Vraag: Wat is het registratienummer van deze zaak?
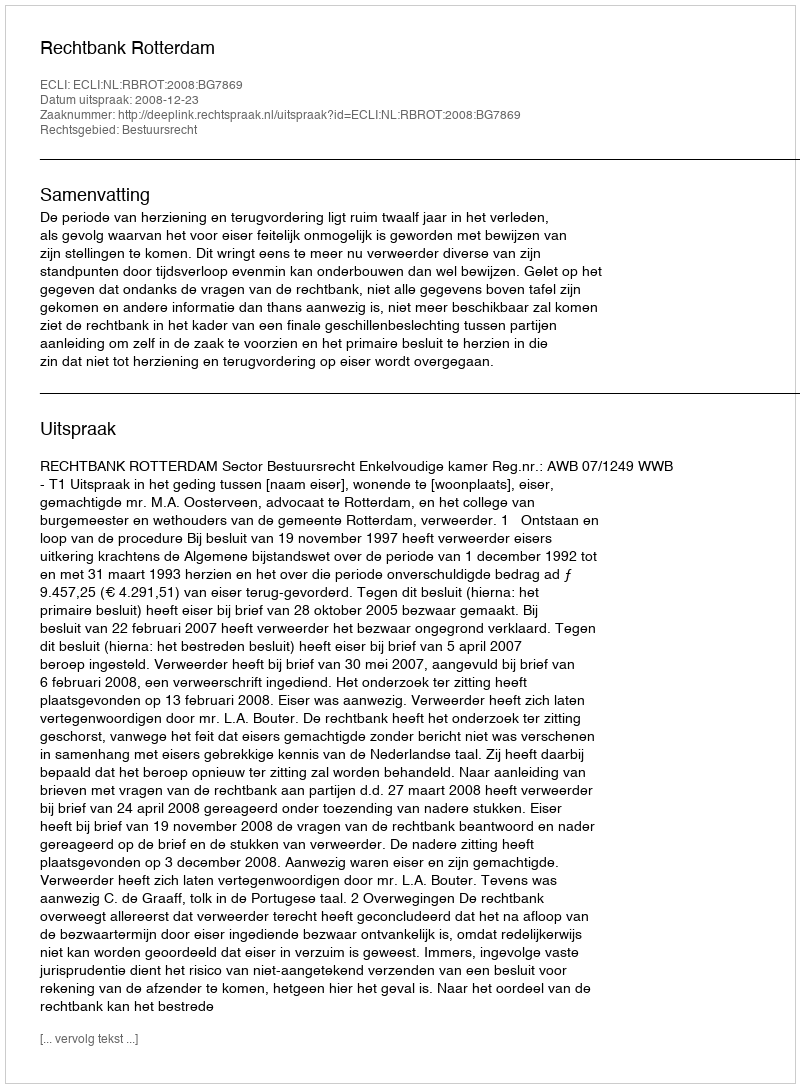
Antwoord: http://deeplink.rechtspraak.nl/uitspraak?id=ECLI:NL:RBROT:2008:BG7869